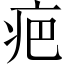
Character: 疤